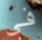
فى